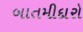
બાતમીદારો